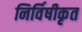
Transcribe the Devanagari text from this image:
निर्विषीकृत